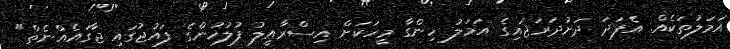
އަމަލުތަކެއް. އެފަދަ ދަށުދަރަޖައިގެ އަމަލު ހިންގާ މީހަކަށް އިސްރާއީލު ފުލުހުންގެ ފައުޖުގައި ޖާގައެއްނެތް"